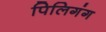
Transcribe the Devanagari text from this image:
पिलिगंग